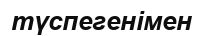
түспегенімен